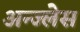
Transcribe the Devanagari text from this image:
अन्ज्लेस